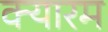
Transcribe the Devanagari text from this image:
क्यारम